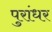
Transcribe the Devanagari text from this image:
पुरांधर